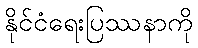
နိုင်ငံရေးပြဿနာကို